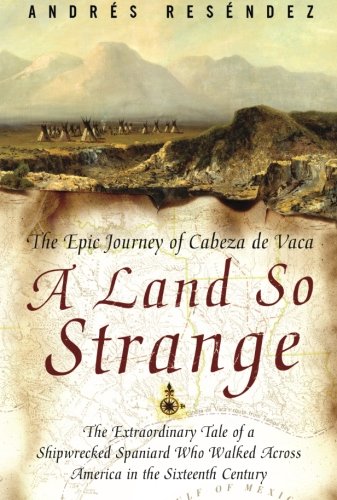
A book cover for A Land So Strange: The Epic Journey of Cabeza de Vaca; Andre Resendez; History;